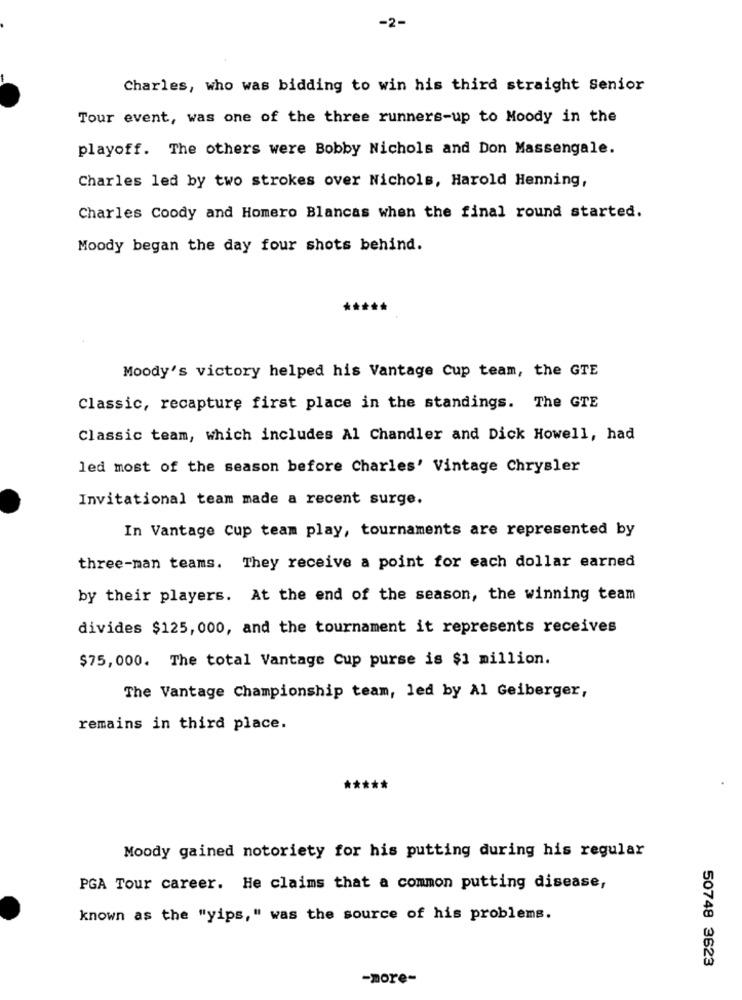
-2-
Charles, who was bidding to win his third straight Senior
Tour event, was one of the three runners-up to Moody in the
playoff. The others were Bobby Nichols and Don Massengale.
Charles led by two strokes over Nichols, Harold Henning,
Charles Coody and Homero Blancas when the final round started.
Moody began the day four shots behind.
Moody's victory helped his Vantage Cup team, the GTE
Classic, recapture first place in the standings. The GTE
Classic team, which includes Al Chandler and Dick Howell, had
led most of the season before Charles' Vintage Chrysler
Invitational team made a recent surge.
In Vantage Cup team play, tournaments are represented by
three-man teams. They receive a point for each dollar earned
by their players. At the end of the season, the winning team
divides $125, 000, and the tournament it represents receives
$75, 000. The total Vantage Cup purse is $1 million.
The Vantage Championship team, led by Al Geiberger,
remains in third place.
**
Moody gained notoriety for his putting during his regular
PGA Tour career. He claims that a common putting disease,
known as the "yips," was the source of his problems.
50748 3623
-more-